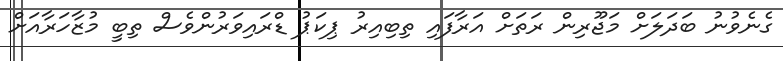
ގެނެވުނު ބަދަލަށް މަޖޫރިން ރަތަށް އަރާފައި ތިބިއިރު ޕިކަޕު ޑްރައިވަރުންވެސް ތިބީ މުޒާހަރާއަށް